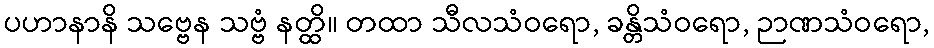
ပဟာနာနိ သဗ္ဗေန သဗ္ဗံ နတ္ထိ။ တထာ သီလသံဝရော, ခန္တိသံဝရော, ဉာဏသံဝရော,